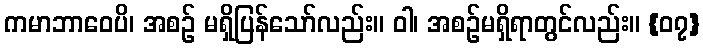
ကမာဘာဝေပိ၊ အစဉ် မရှိပြန်သော်လည်း။ ဝါ၊ အစဉ်မရှိရာတွင်လည်း။ {၀၇}